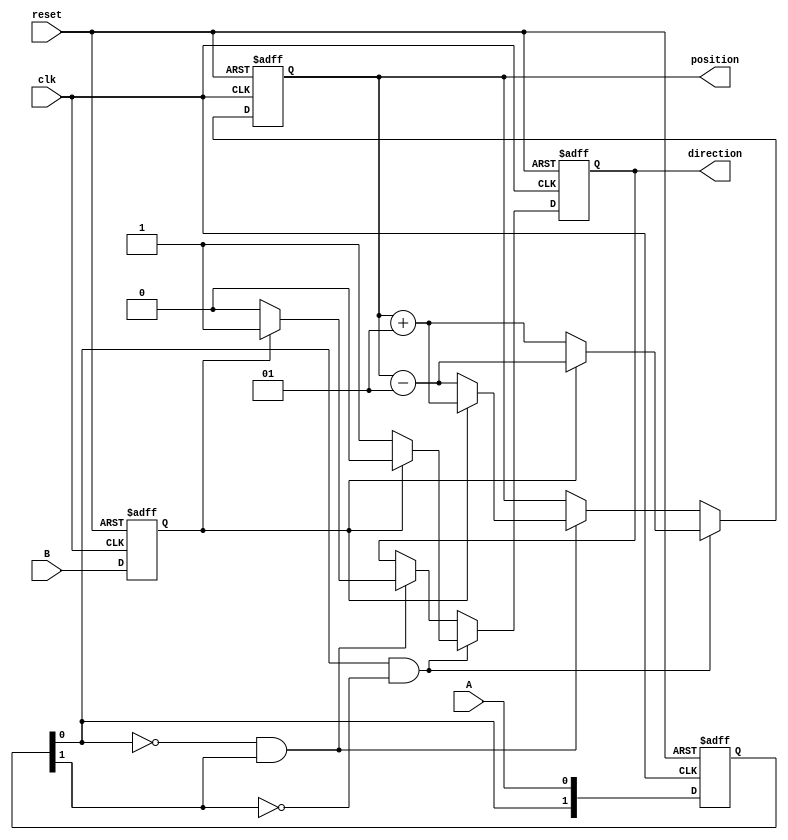
module rotary_encoder (
    input wire clk,
    input wire A,
    input wire B,
    input wire reset,
    output reg signed [31:0] position,
    output reg direction
);

    reg [1:0] A_reg, B_reg; // Registers to hold the state of A and B for edge detection

    // Asynchronous reset and state detection
    always @(posedge clk or posedge reset) begin
        if (reset) begin
            position <= 0;
            direction <= 0;
            A_reg <= 2'b00;
            B_reg <= 2'b00;
        end else begin
            // Shift the previous states to detect edges
            A_reg <= {A_reg[0], A};
            B_reg <= {B_reg[0], B};

            // Detect rising edges of A
            if (A_reg[0] == 0 && A_reg[1] == 1) begin // A rising edge
                if (B_reg[0] == 1) begin
                    position <= position + 1; // Clockwise
                    direction <= 1; // Clockwise
                end else begin
                    position <= position - 1; // Counter-clockwise
                    direction <= 0; // Counter-clockwise
                end
            end
            
            // Detect falling edges of A
            if (A_reg[0] == 1 && A_reg[1] == 0) begin // A falling edge
                if (B_reg[0] == 1) begin
                    position <= position - 1; // Counter-clockwise
                    direction <= 0; // Counter-clockwise
                end else begin
                    position <= position + 1; // Clockwise
                    direction <= 1; // Clockwise
                end
            end
        end
    end

endmodule